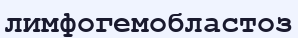
лимфогемобластоз